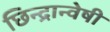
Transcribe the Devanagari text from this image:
छिन्‍द्रान्‍वेषी